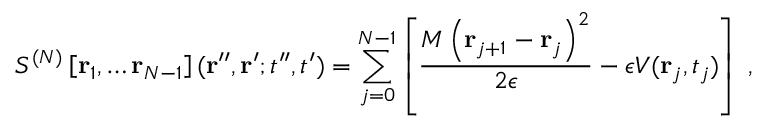
S ^ { ( N ) } \left[ { \bf r } _ { 1 } , \dots { \bf r } _ { N - 1 } \right] ( { \bf r } ^ { \prime \prime } , { \bf r } ^ { \prime } ; t ^ { \prime \prime } , t ^ { \prime } ) = \sum _ { j = 0 } ^ { N - 1 } \left[ \frac { M \left( { \bf r } _ { j + 1 } - { \bf r } _ { j } \right) ^ { 2 } } { 2 \epsilon } - \epsilon V ( { \bf r } _ { j } , t _ { j } ) \right] \; ,